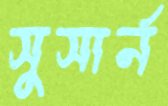
সুসার্ন